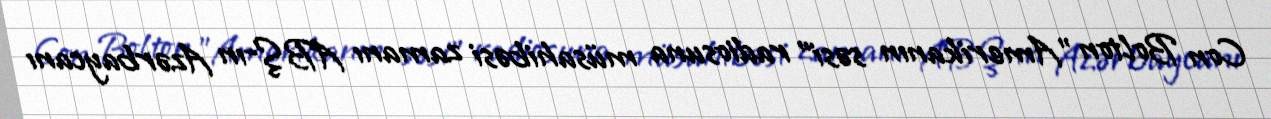
Con Bolton "Amerikanın səsi" radiosuna müsahibəsi zamanı ABŞ-ın Azərbaycanı